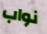
نواب